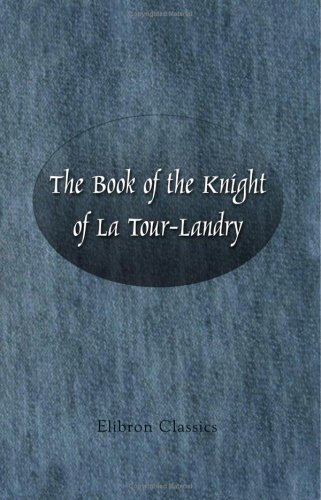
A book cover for The Book of the Knight of La Tour-Landry; Geoffroy de La Tour-Landry; Literature & Fiction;